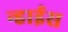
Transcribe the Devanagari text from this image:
न्हाईस